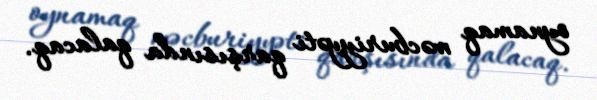
oynamaq məcburiyyəti qarşısında qalacaq.